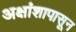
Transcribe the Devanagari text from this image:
अक्षांशापासून